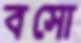
বসো